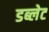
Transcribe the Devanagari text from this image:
डब्लेट